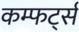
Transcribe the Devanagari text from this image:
कम्फर्ट्स